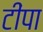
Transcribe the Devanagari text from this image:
टींपा